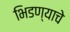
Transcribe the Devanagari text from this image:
भिडण्याचे